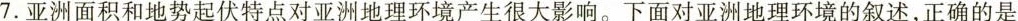
7.亚洲面积和地势起伏特点对亚洲地理环境产生很大影响。下面对亚洲地理环境的叙述，正确的是